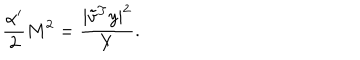
\frac { \alpha ^ { \prime } } { 2 } M ^ { 2 } = \frac { | { \tilde { v } } ^ { T } y | ^ { 2 } } { Y } .